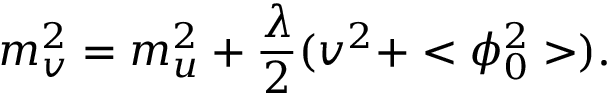
m _ { v } ^ { 2 } = m _ { u } ^ { 2 } + \frac { \lambda } { 2 } ( v ^ { 2 } + < \phi _ { 0 } ^ { 2 } > ) .